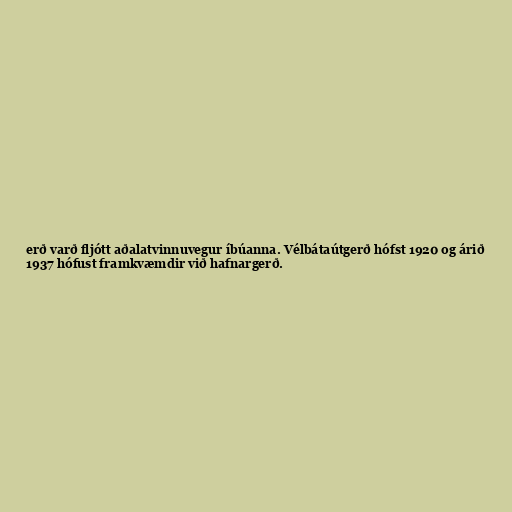
erð varð fljótt aðalatvinnuvegur íbúanna. Vélbátaútgerð hófst 1920 og árið
1937 hófust framkvæmdir við hafnargerð.